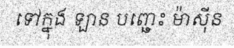
ទៅក្នុង ឡាន បញ្ឆេះ ម៉ាស៊ីន